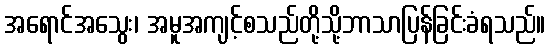
အရောင်အသွေး၊ အမူအကျင့်စသည်တို့သို့ဘာသာပြန်ခြင်းခံရသည်။